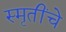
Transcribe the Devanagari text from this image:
स्मृतींचे